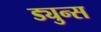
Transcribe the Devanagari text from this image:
ड्युन्स